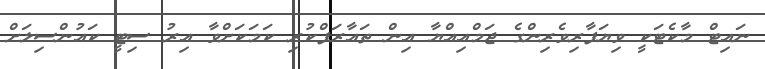
ނައިޓް މާކެޓަކީ ވިޔަފާރިވެރިންގެ ޖަމްއިއްޔާ އިން ތައާރަފްކުރި ކަމަކަށްވާ އިރު ސިޓީ ކައުންސިލަށް